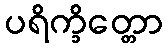
ပရိက္ခိတ္တော